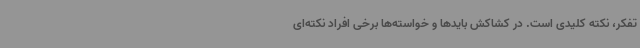
تفکر، نکته کلیدی است. در کشاکش بایدها و خواسته‌ها برخی افراد نکته‌ای